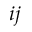
i j